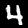
Label: 4